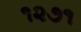
૧૨૭૧